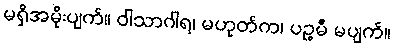
မရှိအမိုးပျက်။ ဝါသာဂါရ၊ မဟုတ်က၊ ပဉ္စမီ မပျက်။